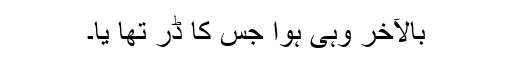
بالآخر وہی ہوا جس کا ڈر تھا یا۔